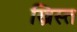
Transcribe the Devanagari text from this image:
ख्रिस्‍त्‍ा